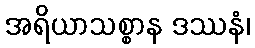
အရိယာသစ္စာန ဒဿနံ၊